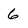
Character: 6